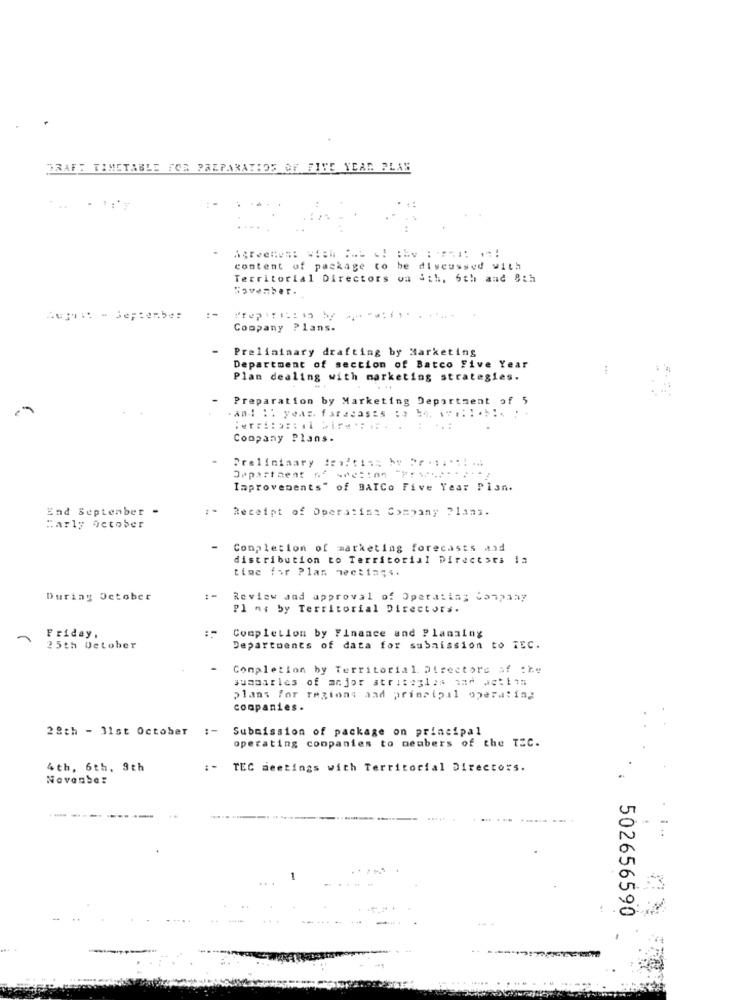
DRAFT TIMETABLE FOR PAZPARATHOS OF FIVE YEAR PLAN
content of package to be discussed with
Territorial Directors wa ith, 6th and 8th
November.
Zují ⑉ 3ey:ember
Company Plans.
Preliminary drafting by Marketing
Department of section of Batco Five Year
Plan dealing with marketing strategies.
Preparation by Marketing Department of 5
.
Company Plans.
Preliminary #rafting by Pr*is *:!...
Opparthent n' src =: " :---- ---
Improvements" of BAICo Five Year Plan.
End September -
Receipt of Operating Company Plans.
Marly october
Completion of marketing forecasts and
distribution to Territorial Directors ia
time for Plan meetings.
During October
Review and approval of Operating Company
Pl ne by Territorial Directors.
: -
Friday,
Completion by Finance and Planaing
25th October
Departments of data for submission to TEC.
Completion by Territorial Directors of the
summaries of major atrit:31pm mad Jet11;
plans for region; aad principal operating
companies.
28th - 31st October :- Submission of package on principal
operating companies to members of the TEC.
4th, 6th, 9th
:- TEC meetings with Territorial Directors.
November
----
502656590